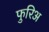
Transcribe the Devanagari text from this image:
फुरिअ